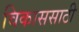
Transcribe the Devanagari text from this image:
विकाससाठी